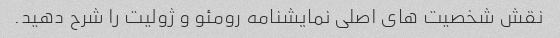
نقش شخصیت های اصلی نمایشنامه رومئو و ژولیت را شرح دهید.